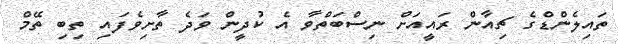
ތައިލެންޑްގެ ޗިއާން ރައީއަށް ނިސްބަތްވާ އެ ކުދީން ވަދެ ތާށިވެފައި ތިބި ތޭމް